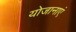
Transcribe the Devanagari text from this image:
योजानाएं